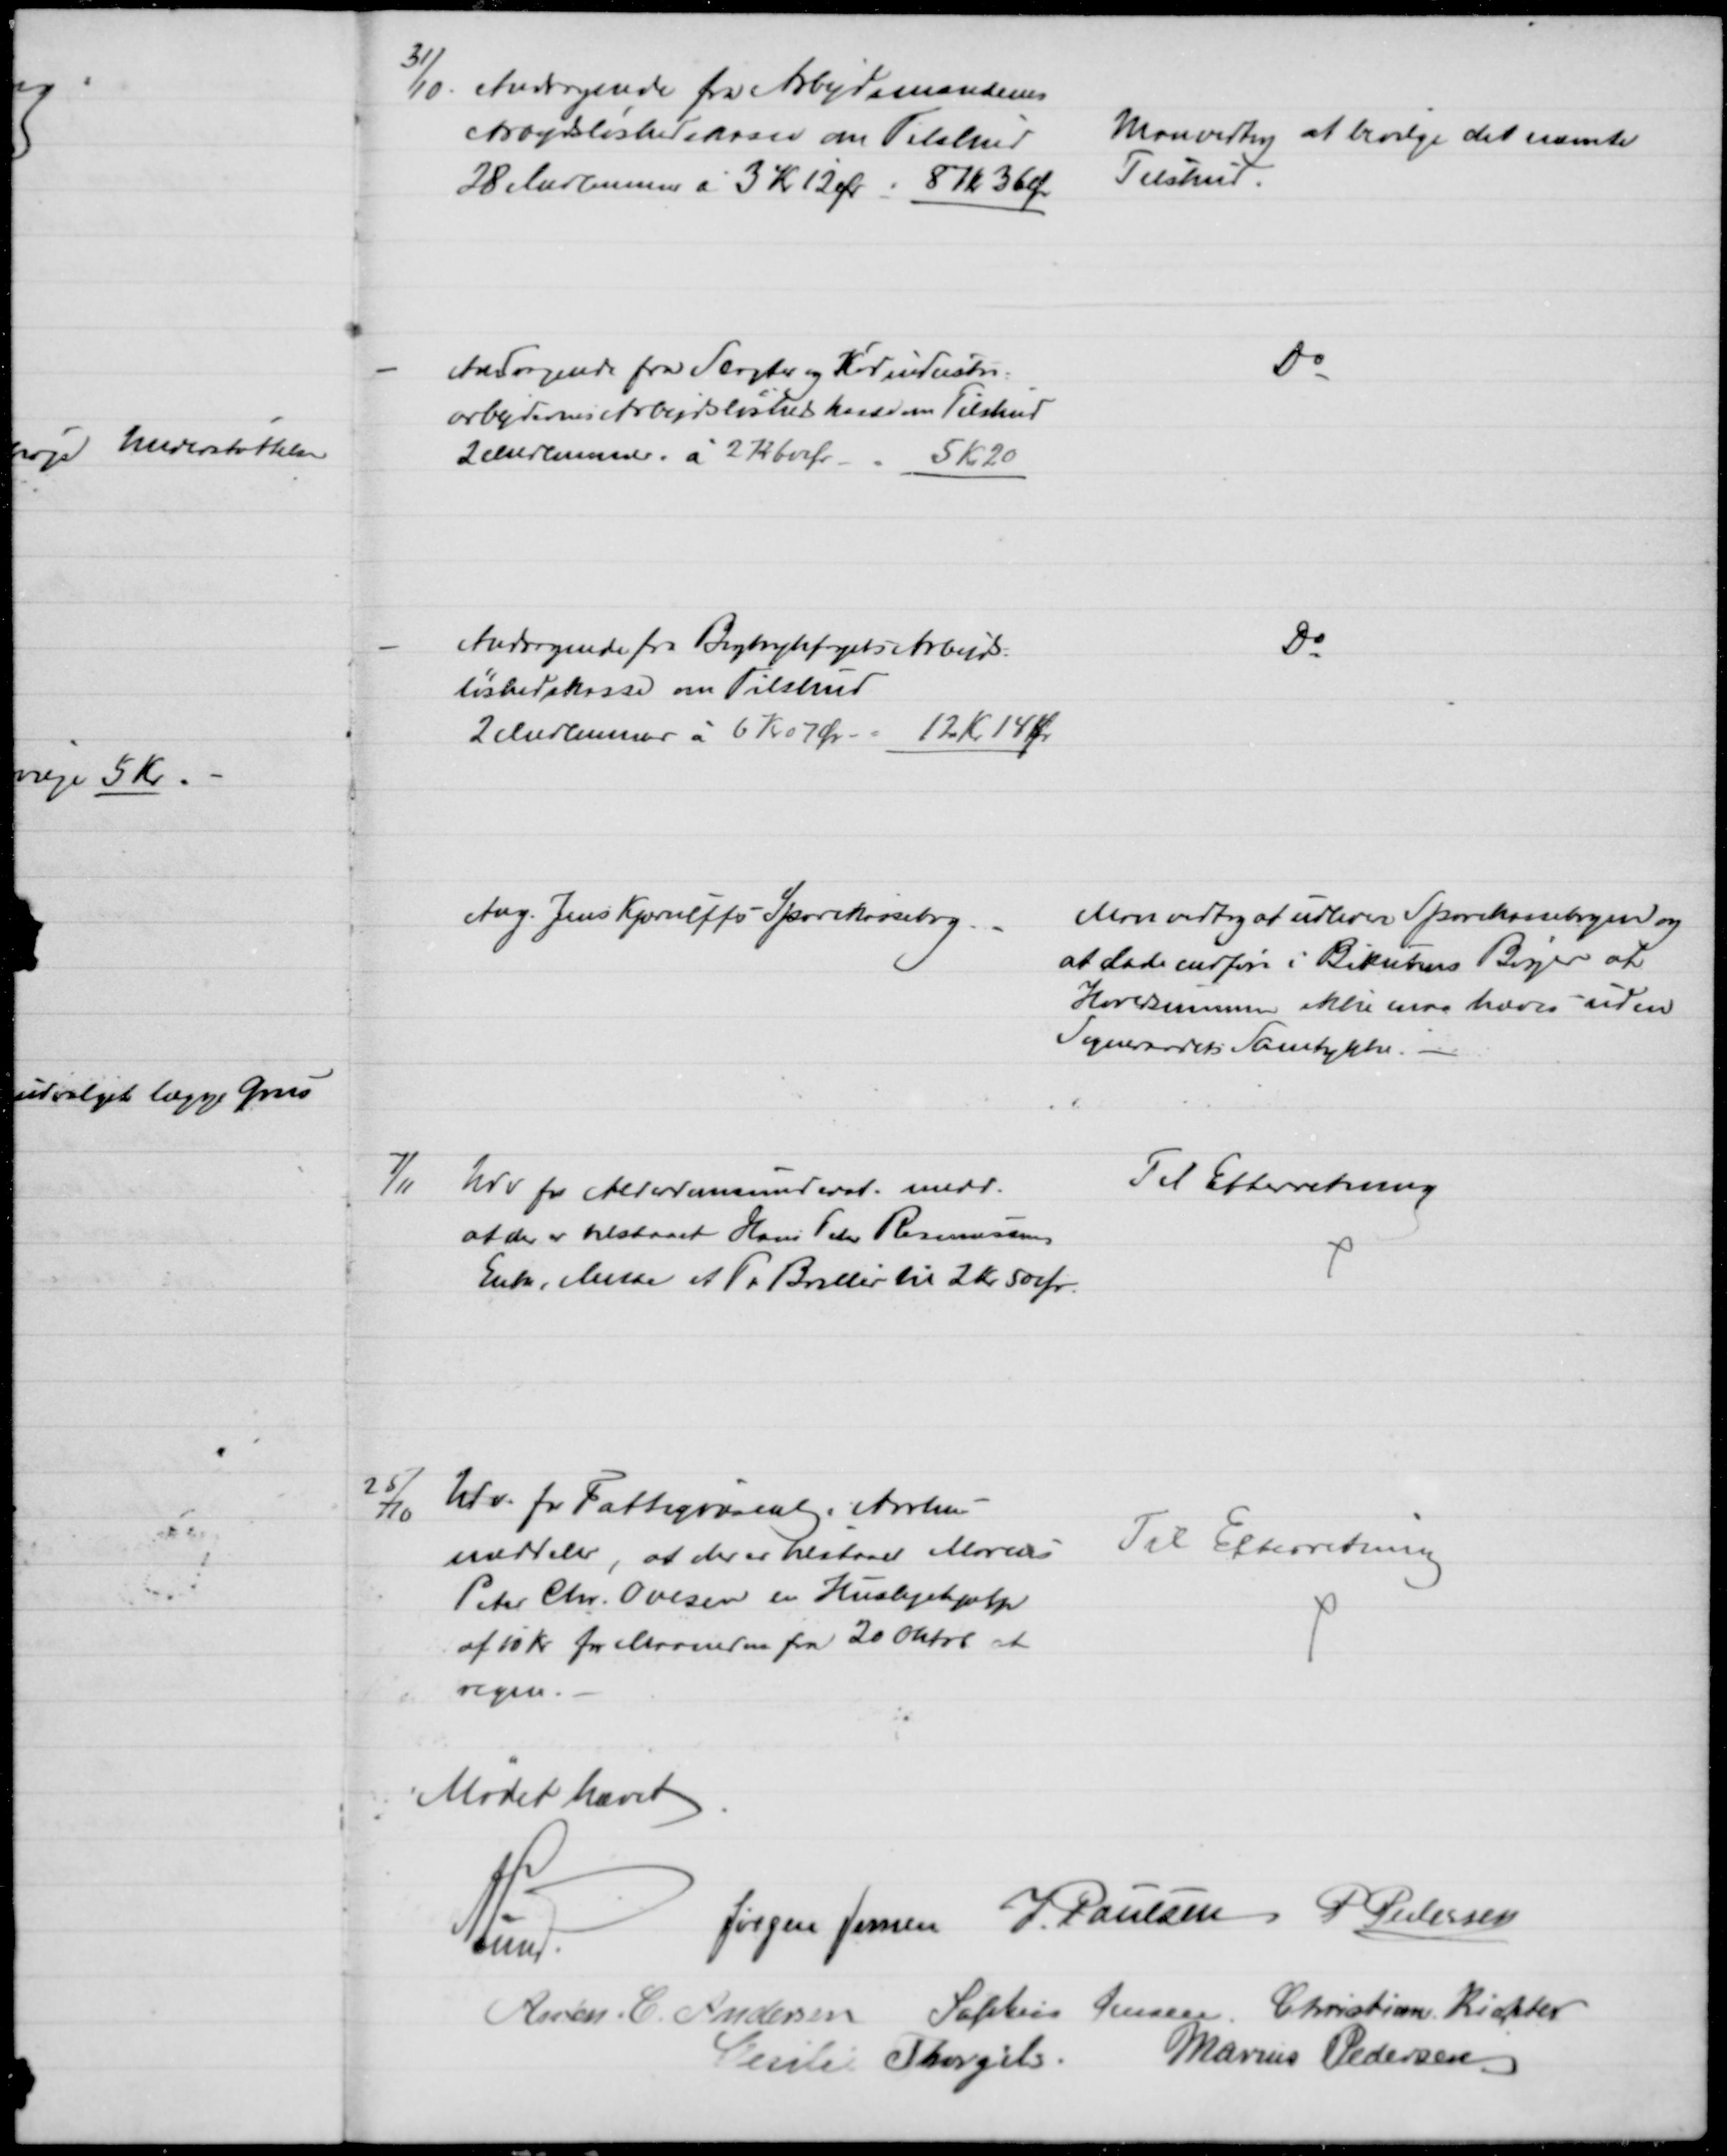
Transskription:
31/10. Andragende fra Arbejdsmændenes
Arbejdsløshedskasse om Tilskud
28 Medlemmer à 3 Kr 12 Ør: 87 Kr 36 Ør
Man vedtog at bevilge det nævnte
Tilskud.
Andragende fra Slagter og Kødindustri-
arbejdernes Arbejdsløshedskasse om Tilskud
2 Medlemmer à 2 Kr 60 Ør
5 Kr 20
Do
Andragende fra Bogtrykfagets Arbejds=
løshedskasse om Tilskud
2 Medlemmer à 6 Kr 07 Øre - 12 Kr 14 Øre
Do
Ang. Jens Kjærulffs Sparekassebog.
Man vedtog at udlevere Sparekassebogen og 
at lade indføre i Bikubens Bøger at
Hovedsummen ikke maa hæves uden
Sogneraadets Samtykke.
7/11
Udv for Alderdomsunderst. medd.
at der er tilstaaet Hans Peter Rasmussens
Enke, Mette et Pr Briller til 2 Kr. 50 Ør
Til Efterretning
25/10
Udv. for Fattigvæsnet i Aarhus
meddeler, at der er tilstaaet Marius
Peter Chr. Ovesen en Huslejehjælp
af 10 Kr for Maaneden fra 20 Oktob at
regne.
Til Efterretning
Mødet hævet
A. Lund.
Jørgen Jensen J. Poulsen P Pedersen
Anton C. Andersen Sophus Jensen Christian Richter
Cecilie Thorgils. Marius Pedersen